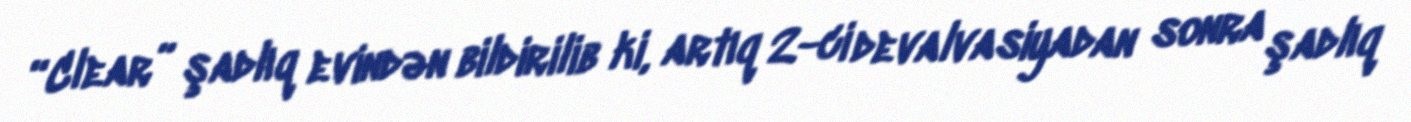
“Clear” şadlıq evindən bildirilib ki, artıq 2-ci devalvasiyadan sonra şadlıq